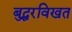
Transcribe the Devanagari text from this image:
बुद्धरविखत